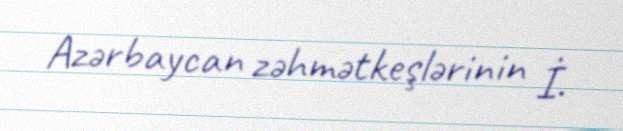
Azərbaycan zəhmətkeşlərinin İ.